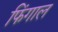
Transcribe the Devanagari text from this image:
फिंगाल